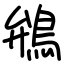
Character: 鴘